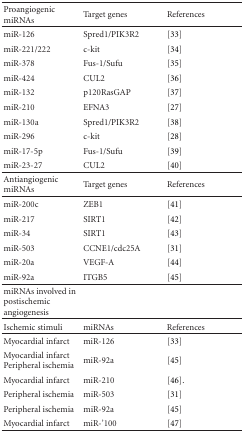
<table><thead><tr><td><b>Proangiogenic miRNAs</b></td><td><b>Target genes</b></td><td><b>References</b></td></tr></thead><tbody><tr><td>miR-126</td><td>Spred1/PIK3R2</td><td>[33]</td></tr><tr><td>miR-221/222</td><td>c-kit</td><td>[34]</td></tr><tr><td>miR-378</td><td>Fus-1/Sufu</td><td>[35]</td></tr><tr><td>miR-424</td><td>CUL2</td><td>[36]</td></tr><tr><td>miR-132</td><td>p120RasGAP</td><td>[37]</td></tr><tr><td>miR-210</td><td>EFNA3</td><td>[27]</td></tr><tr><td>miR-130a</td><td>Spred1/PIK3R2</td><td>[38]</td></tr><tr><td>miR-296</td><td>c-kit</td><td>[28]</td></tr><tr><td>miR-17-5p</td><td>Fus-1/Sufu</td><td>[39]</td></tr><tr><td>miR-23-27</td><td>CUL2</td><td>[40] </td></tr><tr><td>Antiangiogenic miRNAs</td><td>Target genes</td><td>References</td></tr><tr><td>miR-200c</td><td>ZEB1</td><td>[41]</td></tr><tr><td>miR-217</td><td>SIRT1</td><td>[42]</td></tr><tr><td>miR-34</td><td>SIRT1</td><td>[43]</td></tr><tr><td>miR-503</td><td>CCNE1/cdc25A</td><td>[31]</td></tr><tr><td>miR-20a</td><td>VEGF-A</td><td>[44]</td></tr><tr><td>miR-92a</td><td>ITGB5</td><td>[45]</td></tr><tr><td> miRNAs involved in postischemic angiogenesis</td><td></td><td></td></tr><tr><td>Ischemic stimuli</td><td>miRNAs</td><td>References</td></tr><tr><td>Myocardial infarct</td><td>miR-126</td><td>[33]</td></tr><tr><td>Myocardial infarct Peripheral ischemia</td><td>miR-92a</td><td>[45]</td></tr><tr><td>Myocardial infarct</td><td>miR-210</td><td>[46].</td></tr><tr><td>Peripheral ischemia</td><td>miR-503</td><td>[31]</td></tr><tr><td>Peripheral ischemia</td><td>miR-92a</td><td>[45]</td></tr><tr><td>Myocardial infarct</td><td>miR-&#x27;100</td><td>[47]</td></tr></tbody></table>